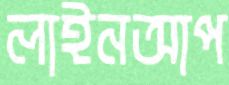
লাইনআপ